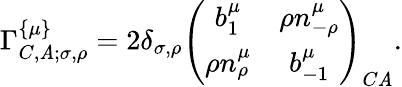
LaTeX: \Gamma_{C,\mathit{A};\sigma,\rho}^{\left\{ \mu\right\} }=2\delta_{\sigma,\rho}\left(\begin{array}{cc}{{b_{1}^{\mu}}}&{{\rho n_{-\rho}^{\mu}}}\\ {{\rho n_{\rho}^{\mu}}}&{{b_{-1}^{\mu}}}\end{array}\right)_{C\mathit{A}}.